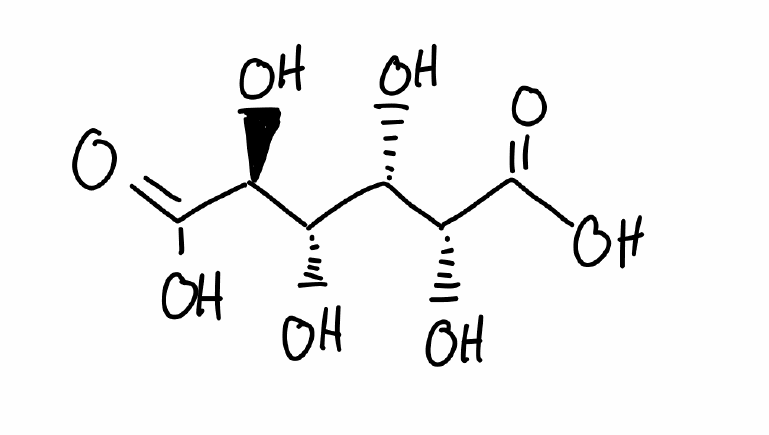
Simplified molecular-input line-entry system (SMILES) notation of the given molecule:
[C@H]([C@@H]([C@@H](C(=O)O)O)O)([C@H](C(=O)O)O)O